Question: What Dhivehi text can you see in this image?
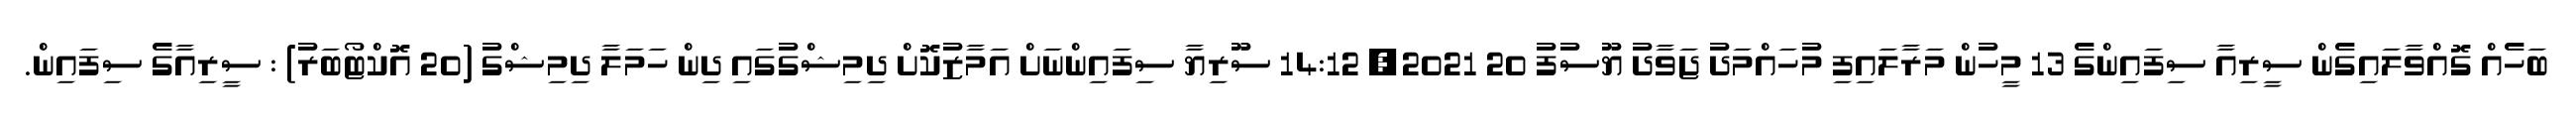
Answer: ބަހެއް ގޮއްވާލައިގެން ސީރިއާ ސިފައިންގެ 13 މީހުން މަރާލައިފި މުހައްމަދު ޖަވާދު ޔޫސުފު 20 2021, 14:12 ސޫރިޔާ ސިފައިންނަށް އަމާޒުކޮށް ދިމިޝްގުގައި ދިން ހަމަލާ ދިމިޝްގު (20 އޮކްޓޯބަރު) : ސީރިއާގެ ސިފައިން.